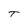
Character: T